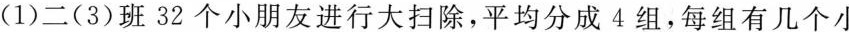
(1)二(3)班32个小朋友进行大扫除，平均分成4组，每组有几个小